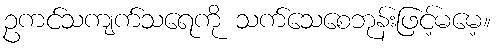
ဥကင်သကျက်သရေကို သက်သေစေဘုန်းဖြင့်မမေ့။